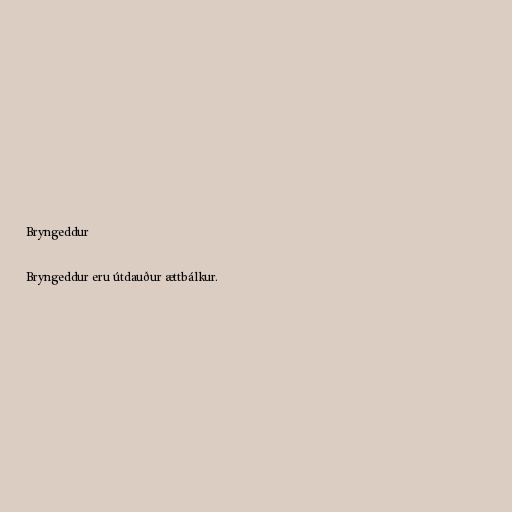
Bryngeddur

Bryngeddur eru útdauður ættbálkur.